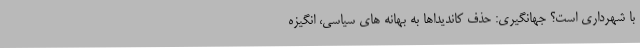
با شهرداری است؟ جهانگیری: حذف کاندیداها به بهانه های سیاسی، انگیزه